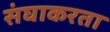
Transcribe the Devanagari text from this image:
संघाकरता